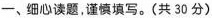
一、细心读题，谨慎填写。(共30分)